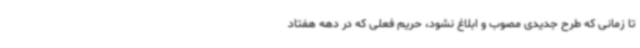
تا زمانی که طرح جدیدی مصوب و ابلاغ نشود، حریم فعلی که در دهه هفتاد